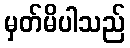
မှတ်မိပါသည်